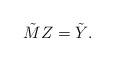
LaTeX: \begin{align*} \tilde{M} Z = \tilde{Y} . \end{align*}